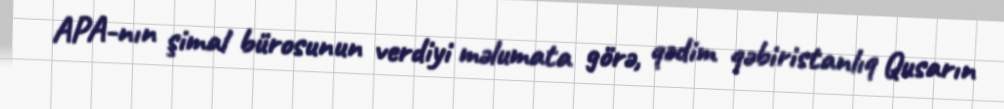
APA-nın şimal bürosunun verdiyi məlumata görə, qədim qəbiristanlıq Qusarın